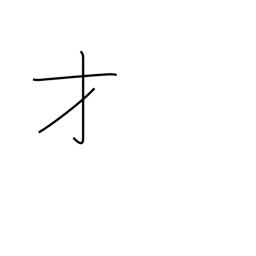
Meaning: genius